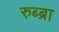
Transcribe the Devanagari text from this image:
रुब्ब्रा